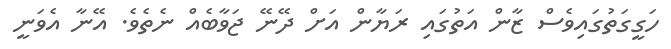
ހަގީގަތުގައިވެސް ޒާން އަތުގައި ރަޔާން އަށް ދޭނޭ ޖަވާބެއް ނެތެވެ. އޭނާ އެވަނީ